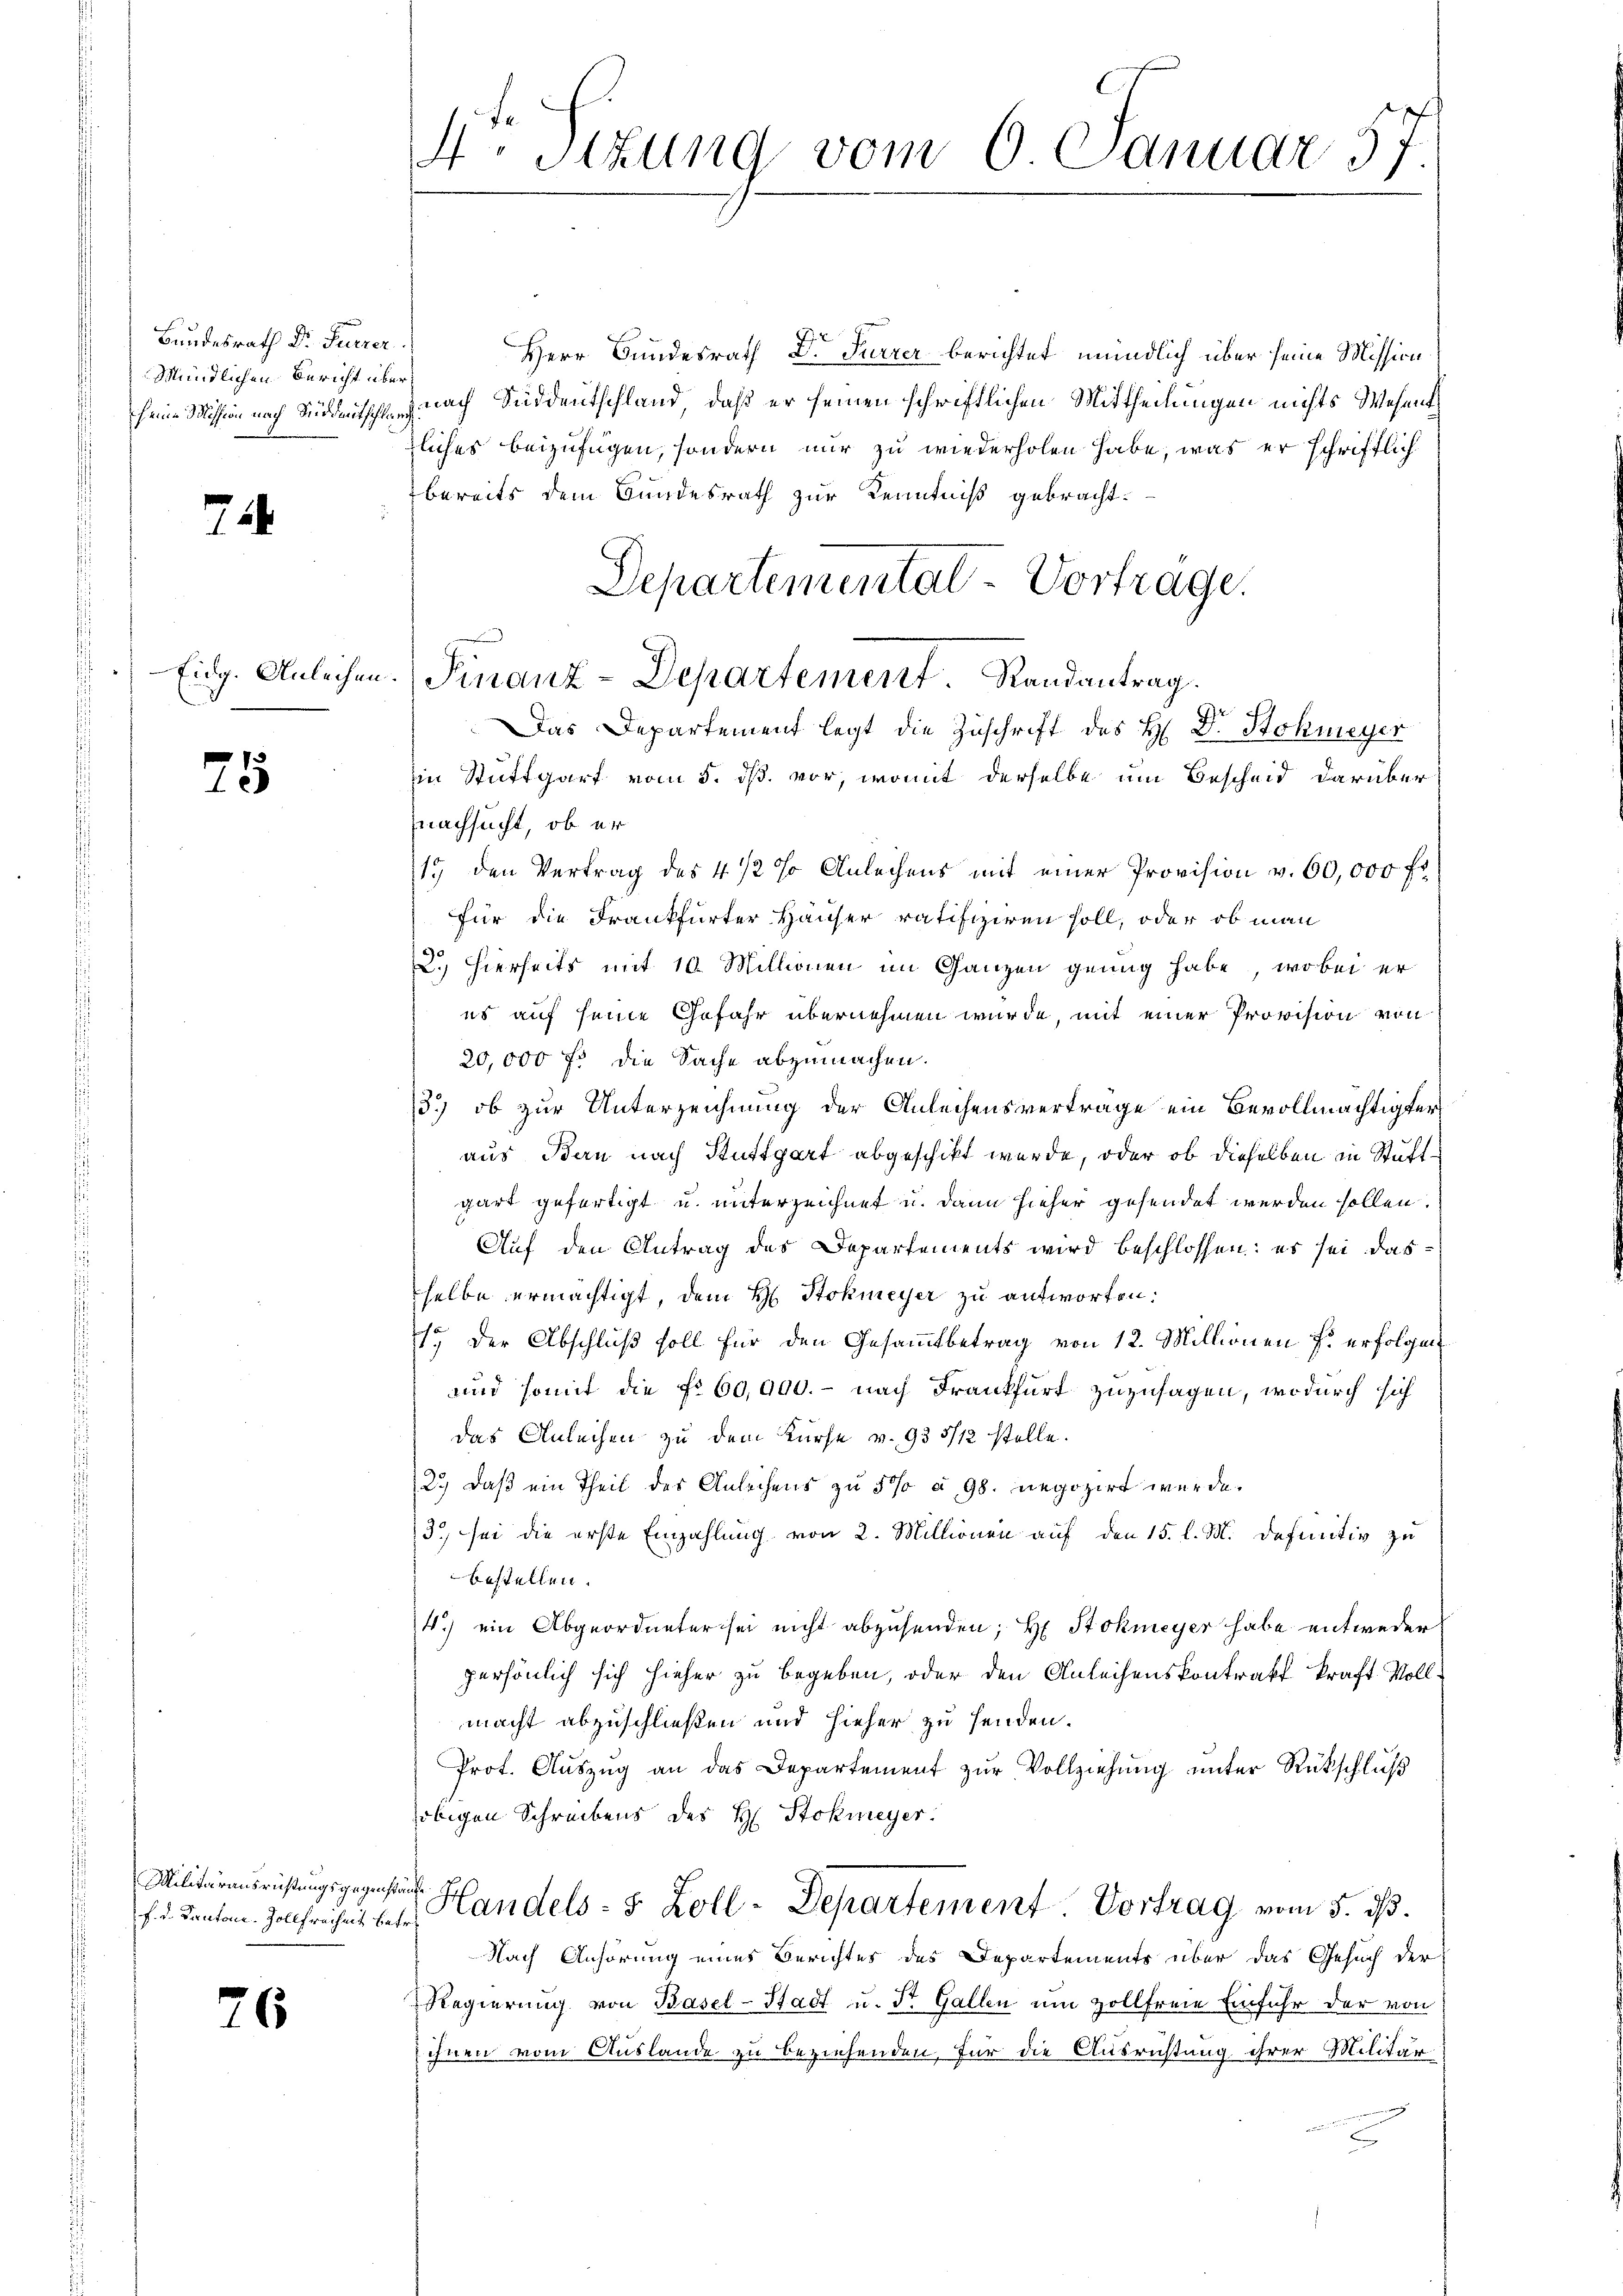
Bundesrath Dr. Furrer
Mündlichen Bericht übe
seine Mission nach Süddeutschi

71

Eidg. Anleihen

75

Militärausrüstungsgegens
f. d. Kantone. Zollfreiheit b

76

4o Stzung vom 6. Januar 5.

1

t
Herr Bundesrath Dr Furrer berichtet mündlich über seine Mission
1
h nach Süddeutschland, daß er seinen schriftlichen Mittheilungen nichts Wesent
tliches beizufügen, sondern nur zu wiederholen habe, was er schriftlich
bereits dem Bundesrath zur Kenntniß gebracht.
Departementat Vortrage.
Finanz-Departement. Randantrag.
Das Departement legt die Zuschrift des H. Dr. Stokmeyer
in Stuttgart vom 5. dß. vor, womit derselbe um Bescheid darüber
nachsucht, ob er
19 den Vertrag des 4 1/2 % Anleihens mit einer Provision v. 60,000 fl
für die Frankfurter Häuser ratifiziren soll, oder ob man
2. hierseits mit 10. Millionen im Ganzen genug habe, wobei er
es auf seine Gefahr übernehmen wurde, mit einer Provision von
20,000 fl die Sache abzumachen.
13.) ob zur Unterzeichnung der Anleihensvertrage ein Bevollmächtigter
aus Bern nach Stuttgart abgeschikt wurde, oder ob dieselben in Stäftgart gefertigt u. unterzeichnet u. dann hieher gesendet werden sollen.
Auf den Antrag des Departements wird beschlossen: es sei dasselbe ermächtigt, dem H. Stokmeyer zu antworten:
1.) Der Abschluß soll für den Gesammtbetrag von 12. Millionen f. erfolgen
und somit die No 60,000. - nach Frankfurt zuzusagen, wodurch sich
das Anleihen zu dem Kurse v. 935/12 stelle.
2.) Daß ein Theil des Anleihens zu 5 % à 98. negozirt wurde.
3) sei die erste Einzahlung von 2. Millionen auf den 15. l. M. definitiv zu
bestellen.
4.) ein Abgeordneter sei nicht abzusenden; H. Stokmeyer habe entweder
persönlich sich hieher zu begeben, oder den Anleihenskontratt kraft Vollmacht abzuschließen und hieher zu senden.
Prof. Auszug an das Departement zur Vollziehung unter Rückschluß
obigen Schreibens des H. Stokmeyer.
Wanke
u Handels- & Zoll-Departement Vortrag vom 5. ds.
Nach Anhörung eines Berichtes des Departements über das Gesuch der
Regierung von Basel-Stadt u. St. Gallen um vollfreie Einfuhr der von
ihnen vom Auslande zu beziehenden, für die Ausrichtung ihrer Militär